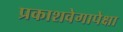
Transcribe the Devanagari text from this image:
प्रकाशवेगापेक्षा